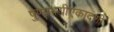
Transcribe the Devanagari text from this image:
पुण्यमयीएकादशी